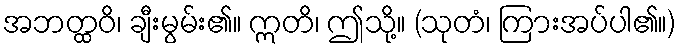
အဘတ္ထဝိ၊ ချီးမွမ်း၏။ ဣတိ၊ ဤသို့။ (သုတံ၊ ကြားအပ်ပါ၏။)